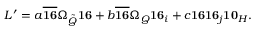
{ \cal L } ^ { \prime } = a \overline { { { { \bf 1 6 } } } } \Omega _ { \tilde { Q } } { \bf 1 6 } + b \overline { { { { \bf 1 6 } } } } \Omega _ { Q } { \bf 1 6 } _ { i } + c { \bf 1 6 } { \bf 1 6 } _ { j } { \bf 1 0 } _ { H } .